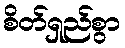
စိတ်ရှည်စွာ